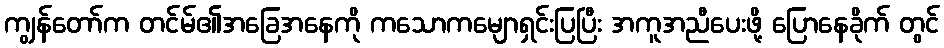
ကျွန်တော်က တင်မ်၏အခြေအနေကို ကသောကမျောရှင်းပြပြီး အကူအညီပေးဖို့ ပြောနေခိုက် တွင်